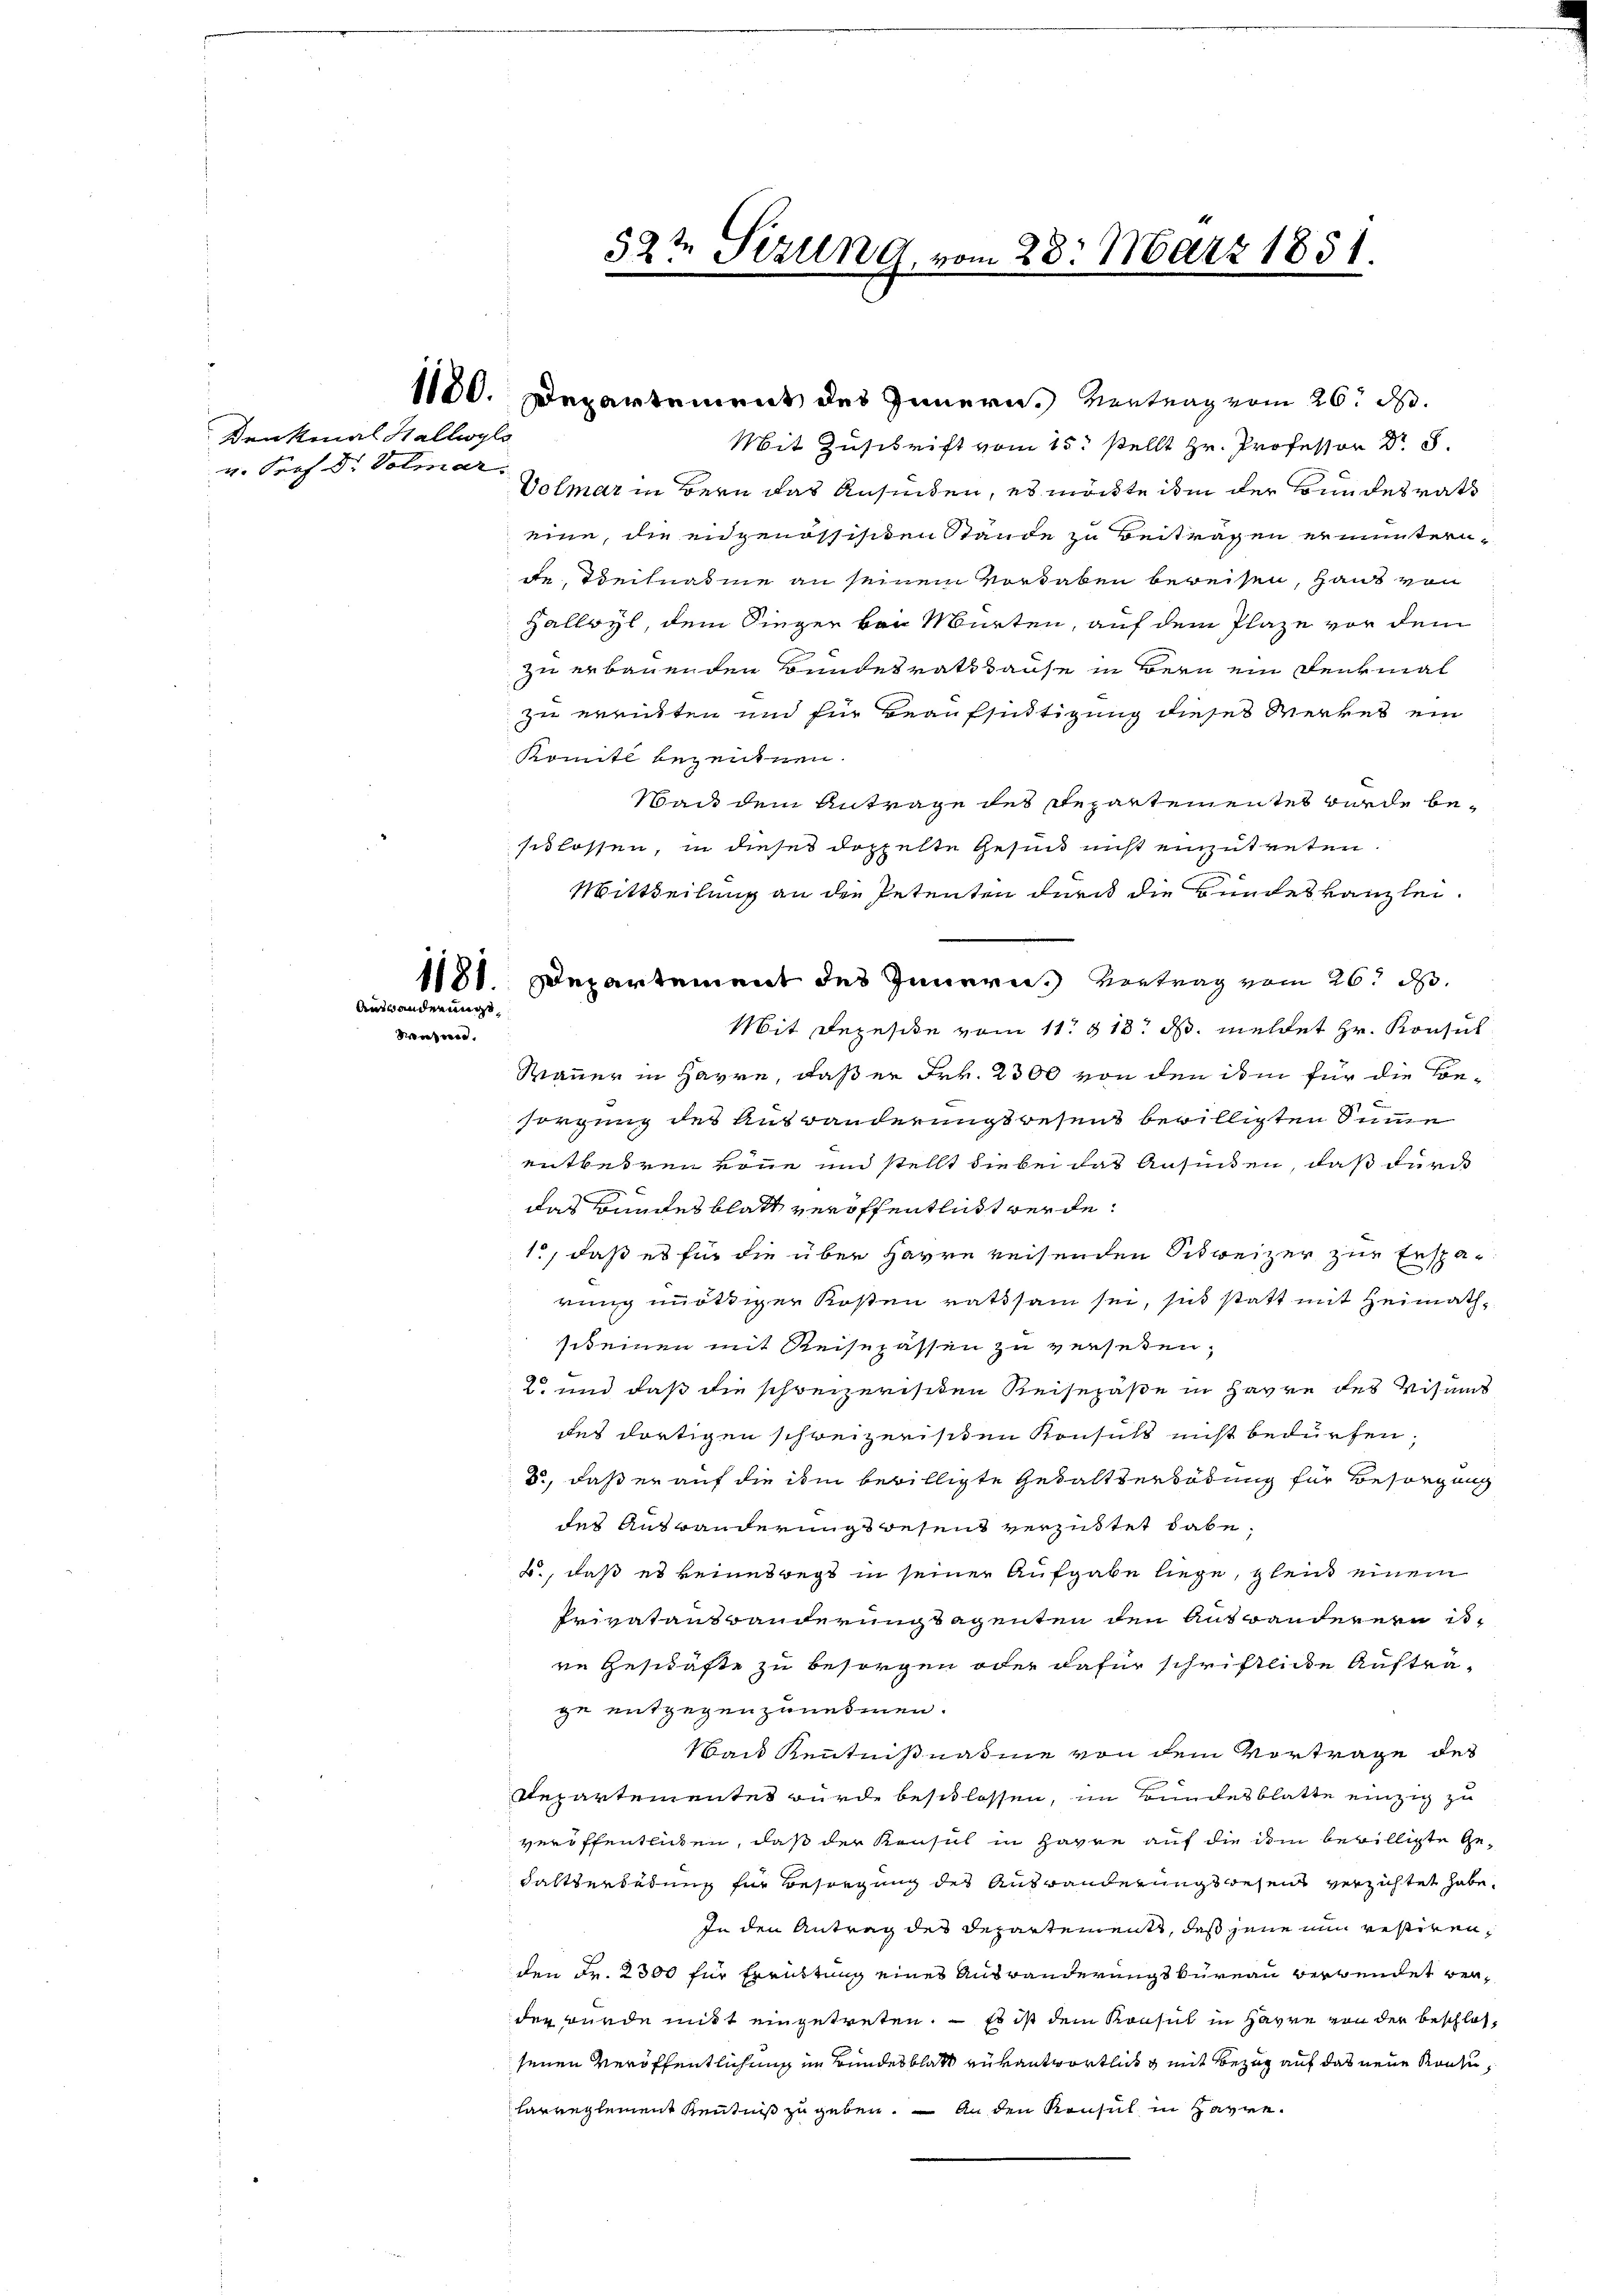
Denkmal Hallwyls
v. Prof. Dr. Volmar.

Auswanderungs
Wiese

1180. Departement des Innern. Vertrag vom 26. d.
Mit Zuschrift vom 15. stellt Hr. Professor Dr. S.
Volmar in Bern das ansenden, es möchte ihm der Bundesrath
eine, die eidgenössischen Stande zu Beitragen ermuntern-
de, Teilnahme an seinem Vortaben bereisen, Haut von
Hallwyl, dem Singer von Murten, auf dem Plaze vor dem
zu erbauenden Bundesrathause in Bern ein Denkmal
zu erritten und für Beaufsudtigung dieses Werkes ein
Komite bezeugnen.
Man dem Antrage des Departementes wurde beschlossen, in dieses doppelte Gesind nicht einzutreten.
Mittheilung an die Petenten durch die Bundeskanzlei.
1181. Departement des Innern Vertrag vom 26. d.
Mit Rezeside vom 11. 318. d. meldet Hr. Konsul
Strauer in Havre, daß er Frk. 2300 von den ihm für die Besorgung des Auswanderungswesent bewilligten Summe
entbehren von und stellt die bei das Ansinten, daß durch
das Bundes blatt veröffentlicht werde.
1, daß es für die über Havre reisenden Schweizer zur Ersparung nötiger Kosten rathsam sei, sich statt mit Heimathscheinen mit Reisepässen zu verseten;
2 und daß die schreizerisiten Reisepäße in Havre des Visums
des dortigen schweizerischen Konsuls nicht bedürfen.
d., daß er auf die ihm bewilligte Gewaltserbödung für Besorgung
tes Anständerungswesent verzustet dabe
B., daß es keineswegs in seiner Aufgabe liege, gleich einem
Privatanstanderung sagenten den Anstanderern u.
re Geschäfte zu besorgen oder dafür schriftliche Auftrage entgegenzunehmen.
Wan Kenntnißnahme von dem Vortrage des
Repartementet wurde beschlossen, im Bundesblatte einzig zu
veröffentlichen, daß der Konsul in Havre auf die ihm bewilligte Ge¬
Faltberatung für Besiegung des Auswanderungswesen verzichtet habe,
In den Antrag des Departements, daß jene nun restiren,
den Fr. 2300 für Errüstung eines Auswanderungskureau verwendet verder wurde mitt eingetreten. — Es ist dem Konsul in Havre von der beschlossenen Veröffentlichung im Bundesblatt verantwortlich g mit Bezug auf das neue Konzuharreglement Kenntniß zu geben. – An den Konsul in Harre

52te Sizung vom 23. März 1851.
2